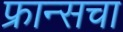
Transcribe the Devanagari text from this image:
फ्रान्‍सचा